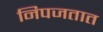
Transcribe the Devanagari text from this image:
निपजतात